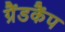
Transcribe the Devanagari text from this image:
ग्रैंडकैंप